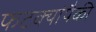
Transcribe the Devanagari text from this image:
फटक्यांपैकी